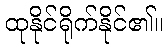
ထုနိုင်ရိုက်နိုင်၏။